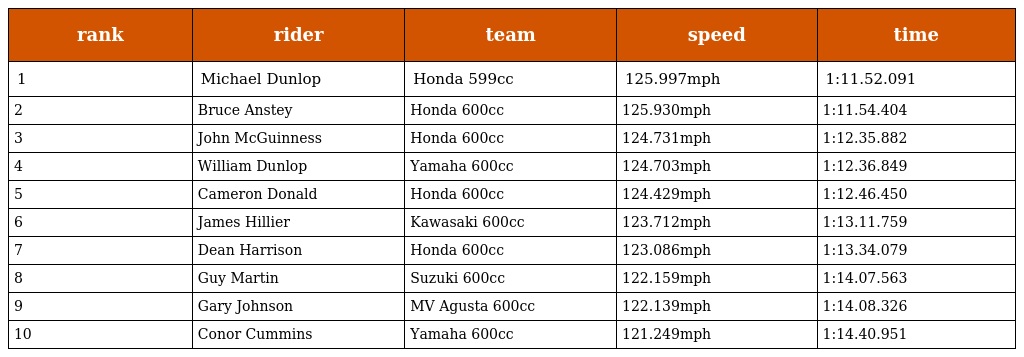
| rank | rider | team | speed | time |
 | --- | --- | --- | --- | --- |
 | 1 | Michael Dunlop | Honda 599cc | 125.997mph | 1:11.52.091 |
 | 2 | Bruce Anstey | Honda 600cc | 125.930mph | 1:11.54.404 |
 | 3 | John McGuinness | Honda 600cc | 124.731mph | 1:12.35.882 |
 | 4 | William Dunlop | Yamaha 600cc | 124.703mph | 1:12.36.849 |
 | 5 | Cameron Donald | Honda 600cc | 124.429mph | 1:12.46.450 |
 | 6 | James Hillier | Kawasaki 600cc | 123.712mph | 1:13.11.759 |
 | 7 | Dean Harrison | Honda 600cc | 123.086mph | 1:13.34.079 |
 | 8 | Guy Martin | Suzuki 600cc | 122.159mph | 1:14.07.563 |
 | 9 | Gary Johnson | MV Agusta 600cc | 122.139mph | 1:14.08.326 |
 | 10 | Conor Cummins | Yamaha 600cc | 121.249mph | 1:14.40.951 |